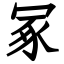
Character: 冢